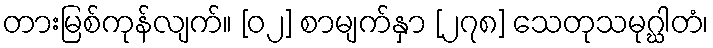
တားမြစ်ကုန်လျက်။ [၀၂] စာမျက်နှာ [၂၇၈] သေတုသမုဂ္ဃါတံ၊